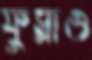
ফুস্‌লাও